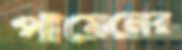
পায়েলের